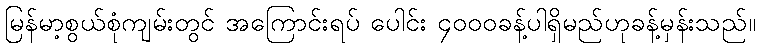
မြန်မာ့စွယ်စုံကျမ်းတွင် အကြောင်းရပ် ပေါင်း ၄၀၀၀ခန့်ပါရှိမည်ဟုခန့်မှန်းသည်။